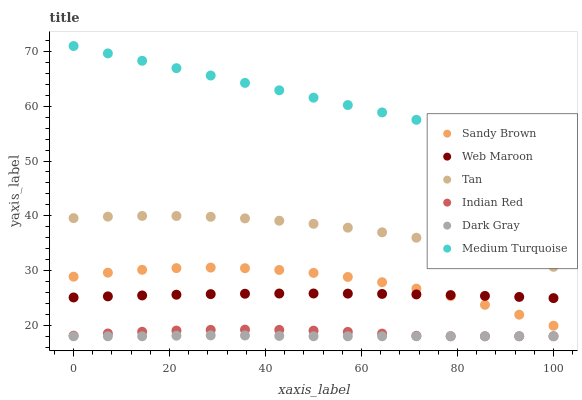
| xaxis_label | Sandy Brown | Web Maroon | Tan | Indian Red | Dark Gray | Medium Turquoise |
 | --- | --- | --- | --- | --- | --- | --- |
 | 0 | 28.9 | 25.1 | 39.6 | 18.1 | 18 | 71 |
 | 7.14 | 29.6 | 25.3 | 39.8 | 18.5 | 18 | 69.7 |
 | 14.3 | 30.1 | 25.5 | 40 | 18.8 | 18 | 68.3 |
 | 21.4 | 30.4 | 25.6 | 40 | 19 | 18.1 | 67 |
 | 28.6 | 30.5 | 25.7 | 39.8 | 19.2 | 18.2 | 65.6 |
 | 35.7 | 30.4 | 25.8 | 39.5 | 19.2 | 18.1 | 64.3 |
 | 42.9 | 30.1 | 25.8 | 39.1 | 19.2 | 18.1 | 62.9 |
 | 50 | 29.6 | 25.8 | 38.5 | 19 | 18 | 61.6 |
 | 57.1 | 28.8 | 25.8 | 37.8 | 18.8 | 18 | 60.2 |
 | 64.3 | 27.9 | 25.7 | 37 | 18.5 | 18 | 58.9 |
 | 71.4 | 26.7 | 25.6 | 36 | 18.1 | 18 | 57.5 |
 | 78.6 | 25.3 | 25.5 | 34.9 | 18 | 18 | 56.2 |
 | 85.7 | 23.7 | 25.4 | 33.6 | 18 | 18 | 54.8 |
 | 92.9 | 21.9 | 25.2 | 32.2 | 18 | 18 | 53.5 |
 | 100 | 19.9 | 25 | 30.7 | 18 | 18 | 52.1 |